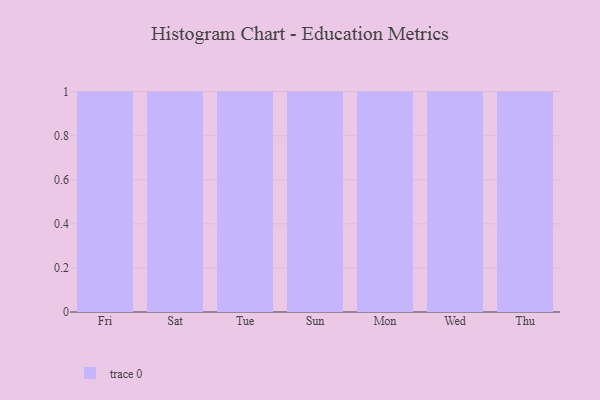
{"axis": {"x": "Day", "y": "Conversion Rate (%)"}, "legend": [""], "data": [{"x": "Fri", "y": 68, "type": ""}, {"x": "Sat", "y": 7, "type": ""}, {"x": "Tue", "y": 35, "type": ""}, {"x": "Sun", "y": 25, "type": ""}, {"x": "Mon", "y": 97, "type": ""}, {"x": "Wed", "y": 6, "type": ""}, {"x": "Thu", "y": 13, "type": ""}]}